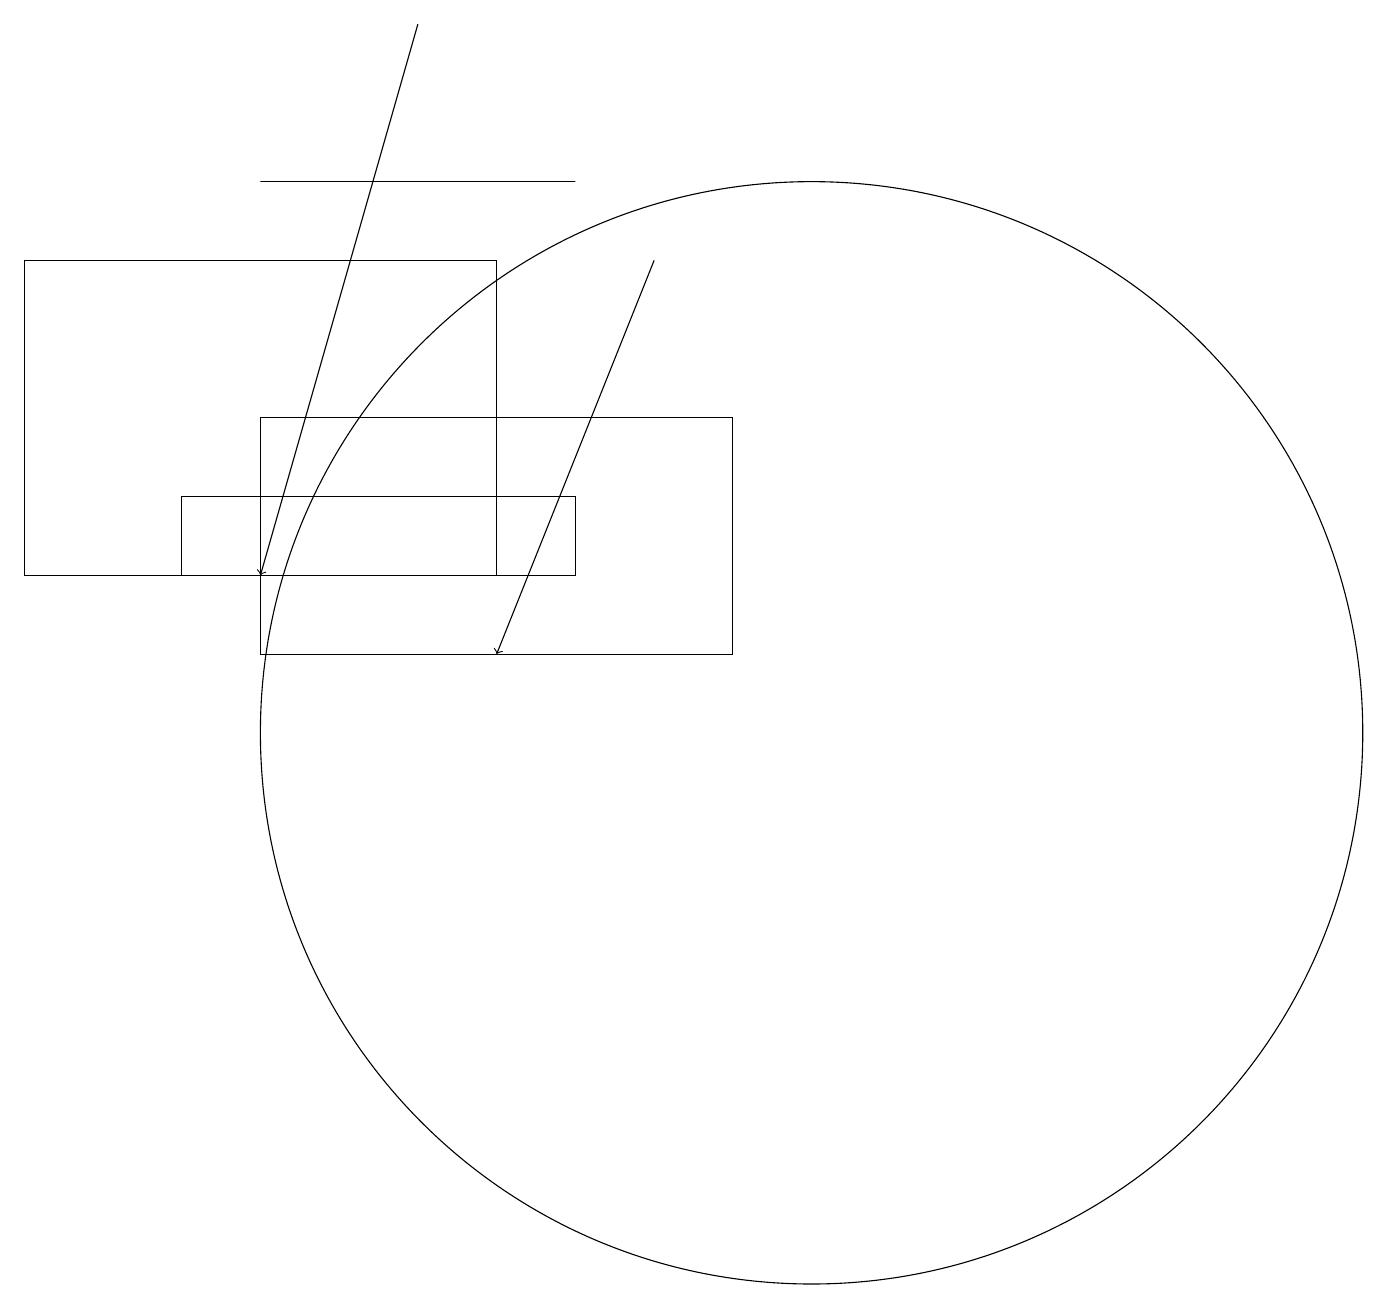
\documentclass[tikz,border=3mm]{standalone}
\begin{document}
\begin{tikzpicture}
\draw[->] (8,16) -- (6,11);
\draw (6,16) rectangle (0,12);
\draw[->] (5,19) -- (3,12);
\draw (7,12) rectangle (2,13);
\draw (9,11) rectangle (3,14);
\draw (10,10) circle (7);
\draw (7,17) rectangle (3,17);
\draw (11,10) circle (0);
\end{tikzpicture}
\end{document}